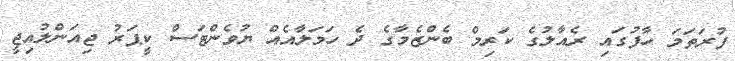
ފުރަތަމަ ހާފުގައި ރެއާލުގެ ކަރިމް ބެންޒެމާގެ ދެ ހަމަލާއެއް ޔުވެންޓަސް ކީޕަރު ޖިއަންލުއިޖީ